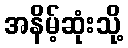
အနိမ့်ဆုံးသို့